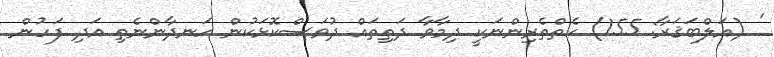
' (އަލްބަޤަރާ: 155) ކެތްތެރިންނަކީ ދިމާވާ ދަތިތައް ދުވަސްކޮޅަކުން ހަނދާންނެތި އަދި ފަހުން